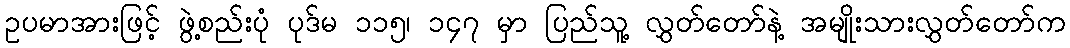
ဥပမာအားဖြင့် ဖွဲ့စည်းပုံ ပုဒ်မ ၁၁၅၊ ၁၄၇ မှာ ပြည်သူ့ လွှတ်တော်နဲ့ အမျိုးသားလွှတ်တော်က